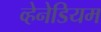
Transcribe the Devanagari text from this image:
व्हेनेडियम